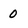
Character: 0